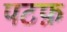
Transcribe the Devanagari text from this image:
पटफ़